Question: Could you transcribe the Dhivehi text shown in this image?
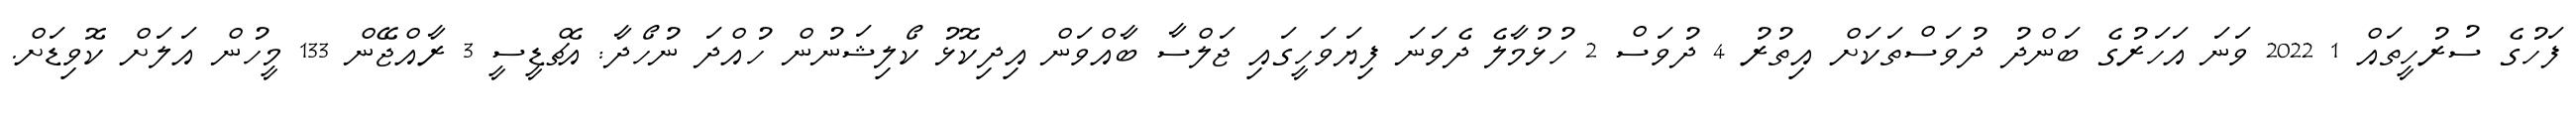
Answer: ފަހުގެ ސުރުހީތައް 1 2022 ވަނަ އަހަރުގެ ބަންދު ދުވަސްތަކަށް އިތުރު 4 ދުވަސް 2 ހުޅުމާލެ ދެވަނަ ފިޔަވަހީގައި ޖަލްސާ ބާއްވަން އިދިކޮޅު ކޯލިޝަނުން ހުއްދަ ނުހޯދާ: އެޗްޑީސީ 3 ރާއްޖޭން 133 މީހުން އަލަށް ކޮވިޑަށް.